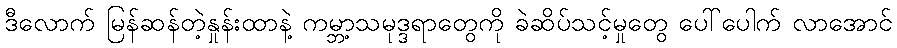
ဒီလောက် မြန်ဆန်တဲ့နှုန်းထာနဲ့ ကမ္ဘာ့သမုဒ္ဒရာတွေကို ခဲဆိပ်သင့်မှုတွေ ပေါ်ပေါက် လာအောင်